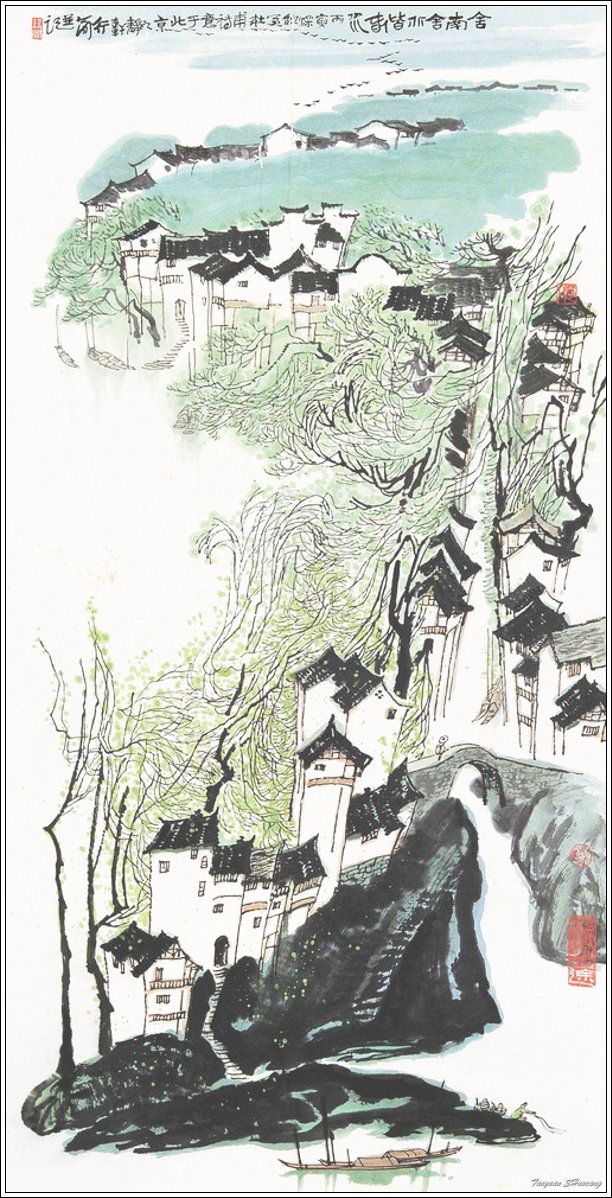
唤起封姨清晚景，更将荔子荐新圆。